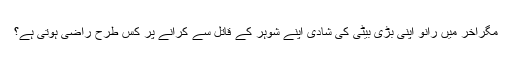
مگرآخر میں رانو اپنی بڑی بیٹی کی شادی اپنے شوہر کے قاتل سے کرانے پر کس طرح راضی ہوتی ہے؟